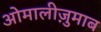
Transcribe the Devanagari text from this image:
ओमालीज़ुमाब